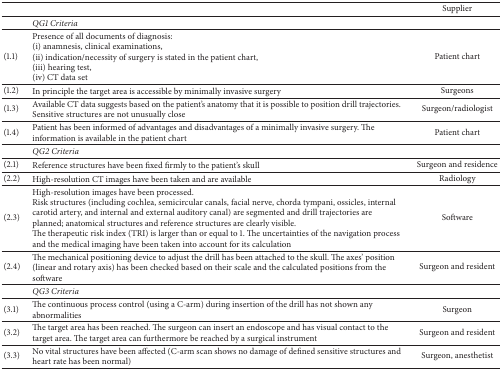
<table><thead><tr><td><b> </b></td><td><b> </b></td><td><b>Supplier </b></td></tr></thead><tbody><tr><td> </td><td><i>QG1 Criteria </i></td><td> </td></tr><tr><td>(1.1)</td><td>Presence of all documents of diagnosis: (i) anamnesis, clinical examinations, (ii) indication/necessity of surgery is stated in the patient chart, (iii) hearing test, (iv) CT data set</td><td>Patient chart</td></tr><tr><td>(1.2)</td><td>In principle the target area is accessible by minimally invasive surgery</td><td>Surgeons</td></tr><tr><td>(1.3)</td><td>Available CT data suggests based on the patient&#x27;s anatomy that it is possible to position drill trajectories. Sensitive structures are not unusually close</td><td>Surgeon/radiologist</td></tr><tr><td>(1.4)</td><td>Patient has been informed of advantages and disadvantages of a minimally invasive surgery. The information is available in the patient chart</td><td>Patient chart</td></tr><tr><td> </td><td><i>QG2 Criteria </i></td><td> </td></tr><tr><td>(2.1)</td><td>Reference structures have been fixed firmly to the patient&#x27;s skull</td><td>Surgeon and residence</td></tr><tr><td>(2.2)</td><td>High-resolution CT images have been taken and are available</td><td>Radiology</td></tr><tr><td>(2.3)</td><td>High-resolution images have been processed. Risk structures (including cochlea, semicircular canals, facial nerve, chorda tympani, ossicles, internal carotid artery, and internal and external auditory canal) are segmented and drill trajectories are planned; anatomical structures and reference structures are clearly visible.The therapeutic risk index (TRI) is larger than or equal to 1. The uncertainties of the navigation process and the medical imaging have been taken into account for its calculation</td><td>Software</td></tr><tr><td>(2.4)</td><td>The mechanical positioning device to adjust the drill has been attached to the skull. The axes&#x27; position (linear and rotary axis) has been checked based on their scale and the calculated positions from the software</td><td>Surgeon and resident</td></tr><tr><td> </td><td><i>QG3 Criteria </i></td><td> </td></tr><tr><td>(3.1)</td><td>The continuous process control (using a C-arm) during insertion of the drill has not shown any abnormalities</td><td>Surgeon</td></tr><tr><td>(3.2)</td><td>The target area has been reached. The surgeon can insert an endoscope and has visual contact to the target area. The target area can furthermore be reached by a surgical instrument</td><td>Surgeon and resident</td></tr><tr><td>(3.3)</td><td>No vital structures have been affected (C-arm scan shows no damage of defined sensitive structures and heart rate has been normal)</td><td>Surgeon, anesthetist </td></tr></tbody></table>